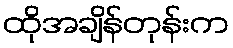
ထိုအချိန်တုန်းက